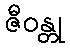
ဇီဝန္တု